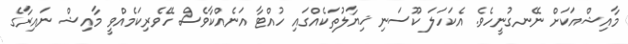
މާއިޝްއަކަށް ނޭނގުނީހެވެ. އެކަހަލަ ކޫސަނި ޚިޔާލުތަކެއްގައި ހުއްޓާ އަނެއްކާވެސް ހޭވެރިކަމެއްވީ މާއިޝް ނައިރާގެ